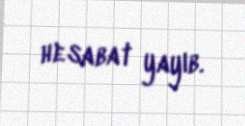
hesabat yayıb.